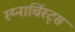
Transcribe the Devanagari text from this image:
स्य्नार्चिस्ट्स